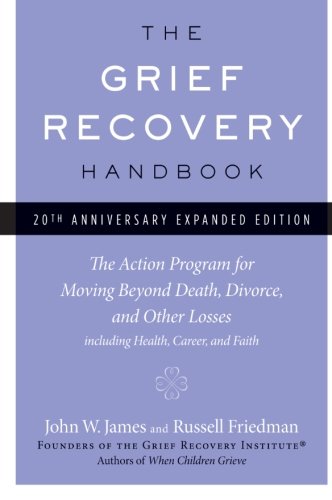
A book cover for The Grief Recovery Handbook, 20th Anniversary Expanded Edition: The Action Program for Moving Beyond Death, Divorce, and Other Losses including Health, Career, and Faith; John W. James; Self-Help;